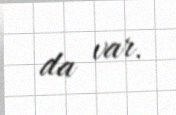
da var.